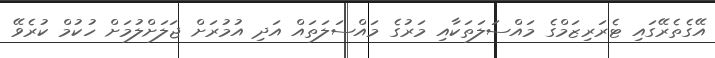
އޭގެތެރޭގައި ޓެރަރިޒަމްގެ މައްސަލަތަކާއި މަރުގެ މައްސަލަތައް އަދި އުމުރަށް ޖަލަށްލުމަށް ހުކުމް ކުރެވޭ